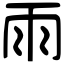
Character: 雨